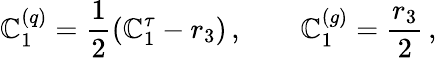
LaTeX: \mathbb{C}_{1}^{(q)}=\frac{{1}}{{2}}\left(\mathbb{C}_{1}^{\tau}-r_{3}\right)\, ,\qquad\mathbb{C}_{1}^{(g)}=\frac{{r_{3}}}{{2}}\, ,